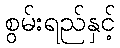
စွမ်းရည်နှင့်